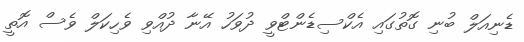
ޑެނިއަލް ބުނި ގޮތުގައި އެކްސިޑެންޓްވީ ދުވަހު އޭނާ ދުއްވި ވެހިކަލް ވެސް އޮތީ